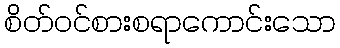
စိတ်ဝင်စားစရာကောင်းသော